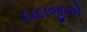
દાદાજીએ